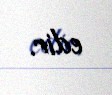
edir.